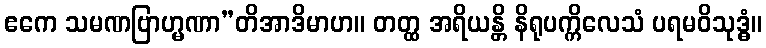
ဧကေ သမဏဗြာဟ္မဏာ”တိအာဒိမာဟ။ တတ္ထ အရိယန္တိ နိရုပက္ကိလေသံ ပရမဝိသုဒ္ဓံ။